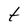
Character: t